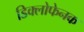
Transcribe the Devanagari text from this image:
डिक्लोफेनक